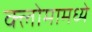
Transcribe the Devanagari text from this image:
क्लोमामध्ये